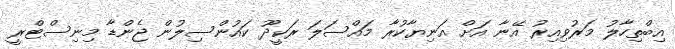
އިބްތިހާލު މަރުވިއިރު އޭނާ އަށް އަނިޔާކުރާ މައްސަލަ ރަކީދޫ ކައުންސިލުން ޖެންޑާ މިނިސްޓްރީ